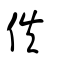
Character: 佚